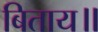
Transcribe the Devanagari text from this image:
बिताय॥